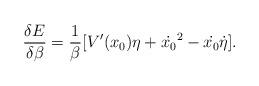
LaTeX: \begin{align*}\frac{\delta E}{\delta \beta} = \frac{1}{\beta} [V'(x_0) \eta + \dot{x_0}^2 - \dot{x_0}\dot{\eta}]. \end{align*}